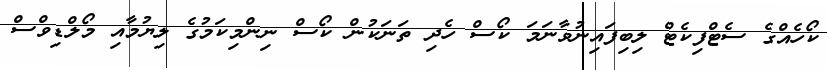
ކޯހެއްގެ ސެޓްފިކެޓް ލިބިފައިނުވާނަމަ ކޯސް ހެދި ތަނަކުން ކޯސް ނިންމިކަމުގެ ލިޔުމާއި މޯލްޑިވްސް